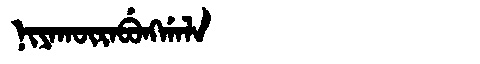
Manchu: ᠨᡳᠶᠠᡴᡡᡵᠠᠪᡠᠩᡤᠠᠯᠠ
Romanization: NIYAKŪRABUNGGALA